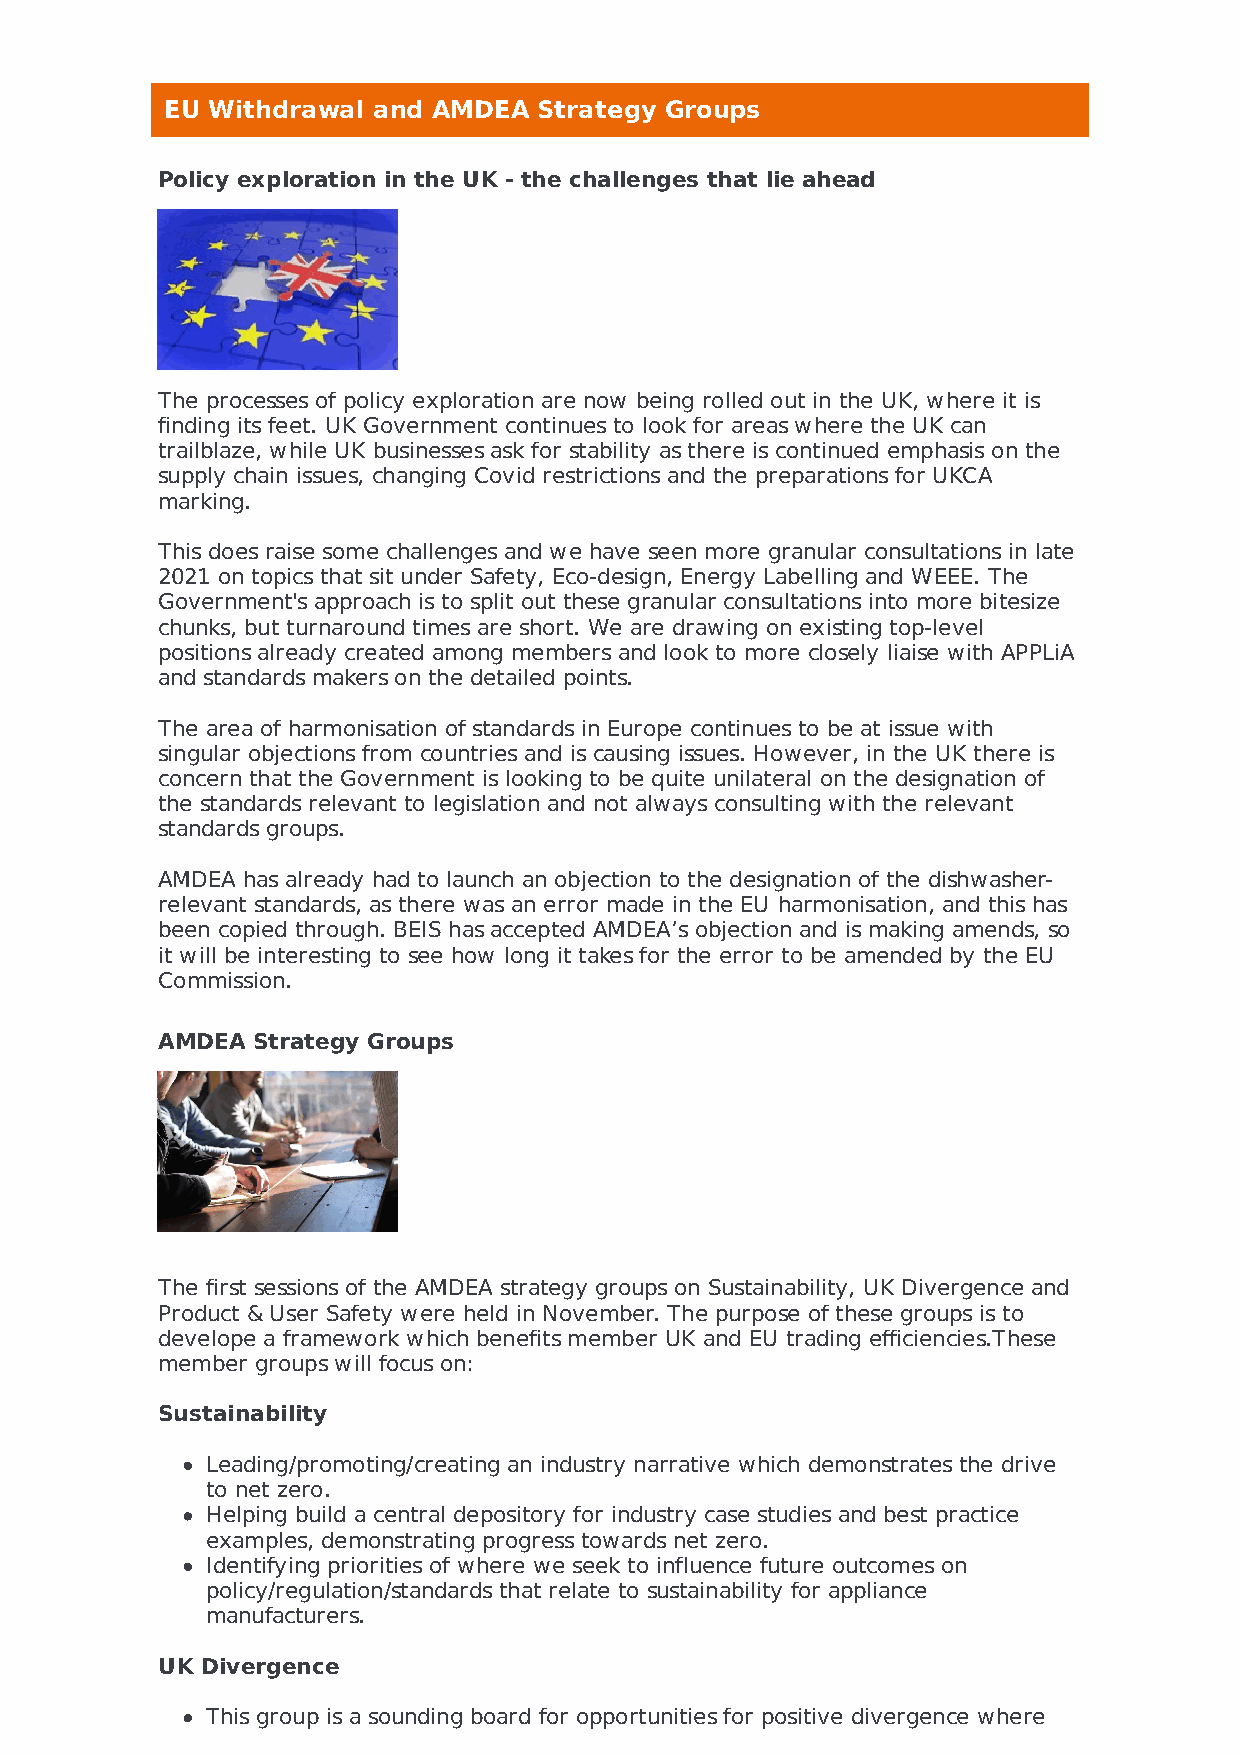
EU Withdrawal and AMDEA  Strategy Groups
 Policy exploration in the UK - the challenges that lie ahead
 The processes of policy exploration are now being rolled out in the UK, where it is
 finding its feet. UK Government continues to look for areas where the UK can
 trailblaze, while UK businesses ask for stability as there is continued emphasis on the
 supply chain issues, changing Covid restrictions and the preparations for UKCA
 marking.
 This does raise some challenges and we have seen more granular consultations in late
 2021 on topics that sit under Safety, Eco-design, Energy Labelling and WEEE. The
 Government's approach is to split out these granular consultations into more bitesize
 chunks, but turnaround times are short. We are drawing on existing top-level
 positions already created among members and look to more closely liaise with APPLiA
 and standards makers on the detailed points.
 The area of harmonisation of standards in Europe continues to be at issue with
 singular objections from countries and is causing issues. However, in the UK there is
 concern that the Government is looking to be quite unilateral on the designation of
 the standards relevant to legislation and not always consulting with the relevant
 standards groups.
 AMDEA has already had to launch an objection to the designation of the dishwasher-
 relevant standards, as there was an error made in the EU harmonisation, and this has
 been copied through. BEIS has accepted AMDEA’s objection and is making amends, so
 it will be interesting to see how long it takes for the error to be amended by the EU
 Commission.
 AMDEA  Strategy Groups
 The first sessions of the AMDEA strategy groups on Sustainability, UK Divergence and
 Product & User Safety were held in November. The purpose of these groups is to
 develope a framework which benefits member UK and EU trading efficiencies.These
 member groups will focus on:
 Sustainability
 Leading/promoting/creating an industry narrative which demonstrates the drive
 to net zero.
 Helping build a central depository for industry case studies and best practice
 examples, demonstrating progress towards net zero.
 Identifying priorities of where we seek to influence future outcomes on
 policy/regulation/standards that relate to sustainability for appliance
 manufacturers.
 UK Divergence
 This group is a sounding board for opportunities for positive divergence where